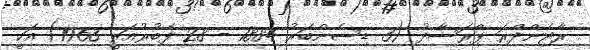
ރާޖެންދްރަ ޕްރަސާދު (3 ޑިސެންބަރު 1884 - 28 ފެބުރުއަރީ 1963) އަކީ